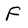
Character: F